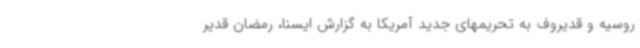
روسیه و قدیروف به تحریمهای جدید آمریکا به گزارش ایسنا، رمضان قدیر